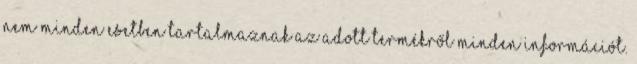
nem minden esetben tartalmaznak az adott termékről minden információt.